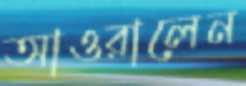
আওরালেন